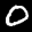
Label: 0